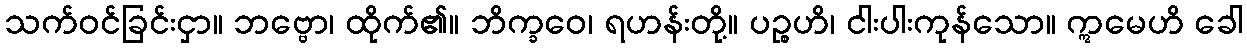
သက်ဝင်ခြင်းငှာ။ ဘဗ္ဗော၊ ထိုက်၏။ ဘိက္ခဝေ၊ ရဟန်းတို့။ ပဉ္စဟိ၊ ငါးပါးကုန်သော။ ဣမေဟိ ခေါ